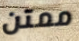
ممتن